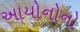
આયોનોનો